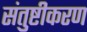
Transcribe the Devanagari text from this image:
संतुष्टीकरण